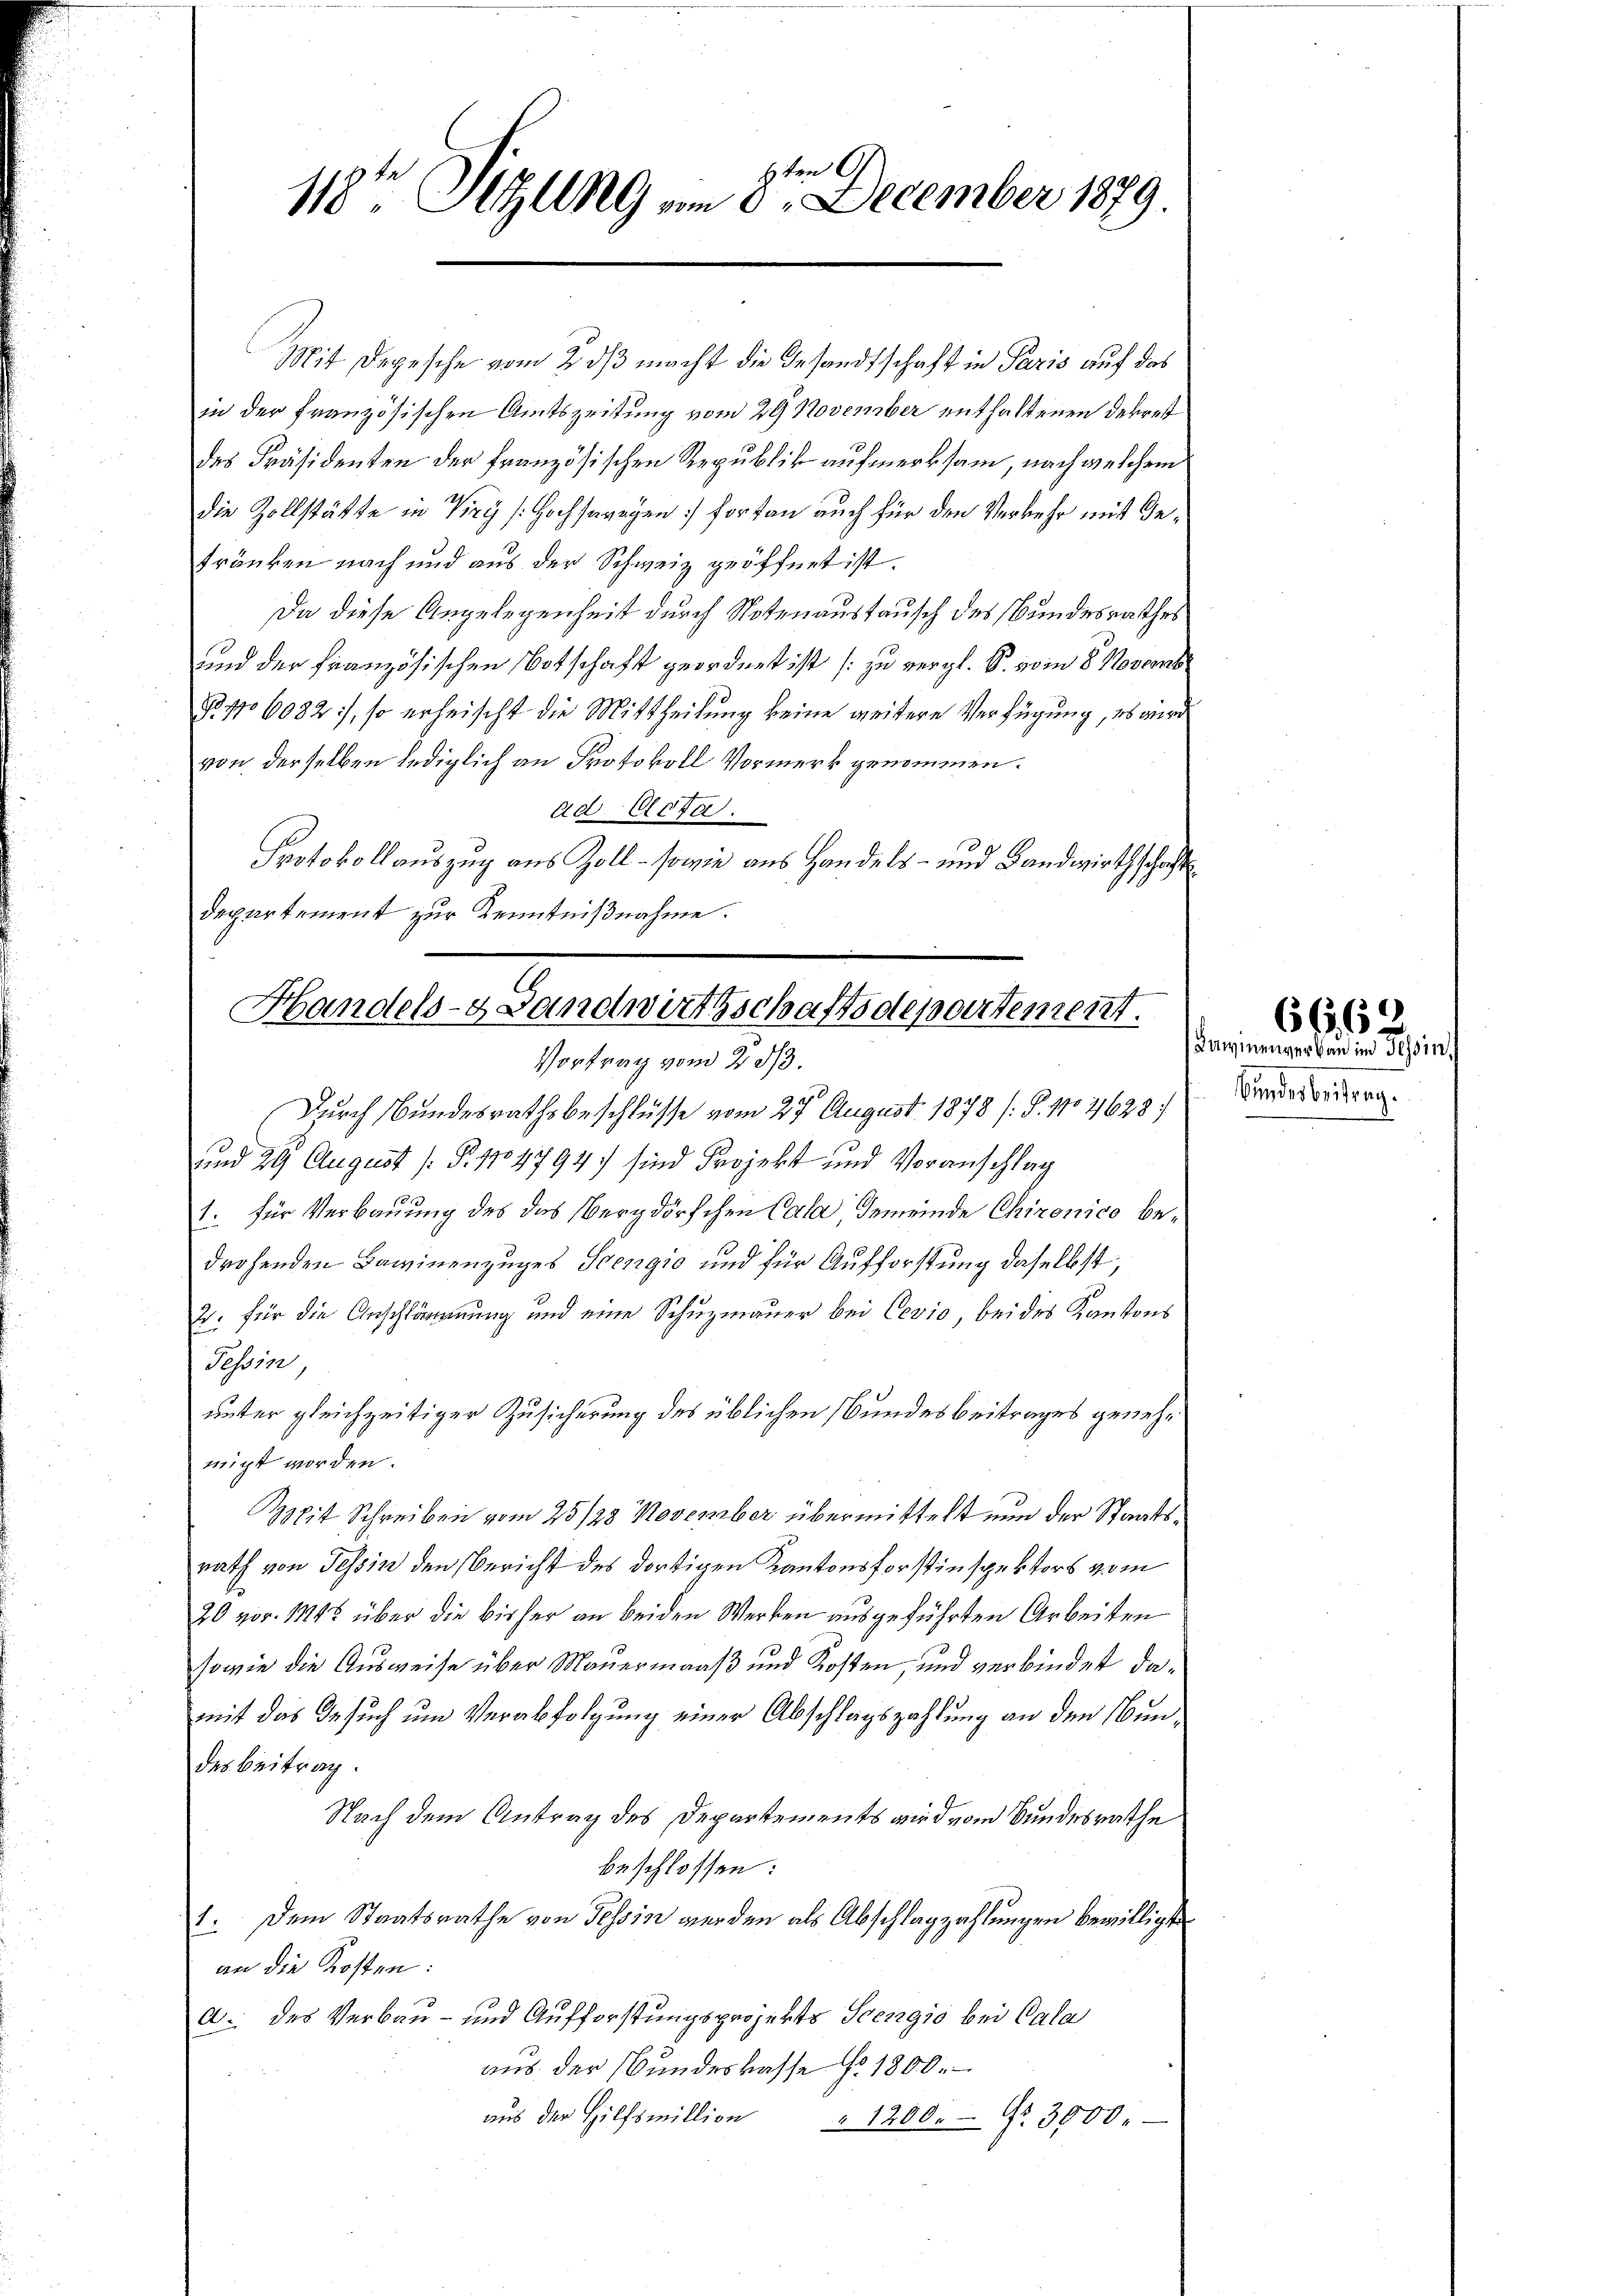
4ten G
ecember 1879.
118t Illng am 8. J

Mit Depesche vom 2. ds macht die Gesandtschaft in Paris auf das
in der französischen Amtszeitung vom 29 November enthaltenen Dekret
des Präsidenten der französischen Republik aufmerksam, nach welchem
die Zollstätte in Viry (Hochswegen fortan auch für den Verkehr mit Ge¬
Fränken nach und aus der Schweiz geöffnet ist.
Da diese Angelegenheit durch Notenaustausch des Bundesrathes
und der Französischen Botschaft geordnet ist (zu vergl. S. vom 8. Novemb
P No 6082), so erheischt die Mittheilung keine weitere Verfügung, es wird
von derselben lediglich an Protokoll Vormerk genommen.
ad Acta.
Protokollauszug aus Zoll - sowie aus Handels- und Landwirthschaft
departement zur Kenntnißnahme.

Handels- Landwirthschaftsdepartement.
Vortrag vom 23/3.

Durch Bundesrathsbeschlüsse vom 27. August 1878 (S. 110 7628)
und 29 August [Fr. 104794) sind Projekt und Voranschlag
1. für Verbauung des das Vergdörfchen Cala Gemeinde Chironico bedrohenden Bawinenzuges Scengio und für Aufforstung daselbst,
2. für die Anschlämung und eine Schuzmauer bei Cevio, bei des Kantons
Tessin
unter gleichzeitiger Zusicherung des üblichen Bundesbeitrages genehmigt worden.
Mit Schreiben vom 25/28 November übermittelt nun der Staatsrath von Tessin den Bericht des dortigen Kantonsforstinspektors vom
20 vor 145 über die bisher an beiden Werken ausgeführten Arbeiten
sowie die Ausweise über Mauermaaß und Kosten, und verbindet damit das Gesuch um Verabfolgung einer Abschlagszahlung an den Nundes Beitrag.
Nach dem Antrag des Departements wird vom Bundesrathe
beschlossen:
Dem Staatsrathe von Tessin werden als Abschlagzahlungen bewilligte
12.
an die Kosten:
a. des Verbau- und Aufforstungsprojekts Seengio bei Cala
aus der Bundeskasse Nr. 1800.
aus der Hilfsmillion
1200. No. 3000

Carmenverbau in Tessin
Bundesbeitrag.

6662